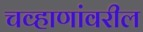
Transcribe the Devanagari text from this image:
चव्हाणांवरील